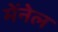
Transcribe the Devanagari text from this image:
मेंनेल